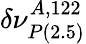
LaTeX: \delta\nu_{P\mathrm{(2.5)}}^{A,122}